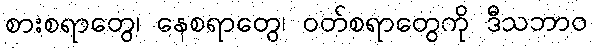
စားစရာတွေ၊ နေစရာတွေ၊ ဝတ်စရာတွေကို ဒီသဘာဝ